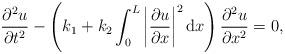
LaTeX: \begin{align*}\dfrac{\partial^2u}{\partial t^2} - \left(k_1 + k_2\int_0^L\left|\dfrac{\partial u}{\partial x}\right|^2 \textrm{d}x\right)\dfrac{\partial^2u}{\partial x^2} = 0,\end{align*}